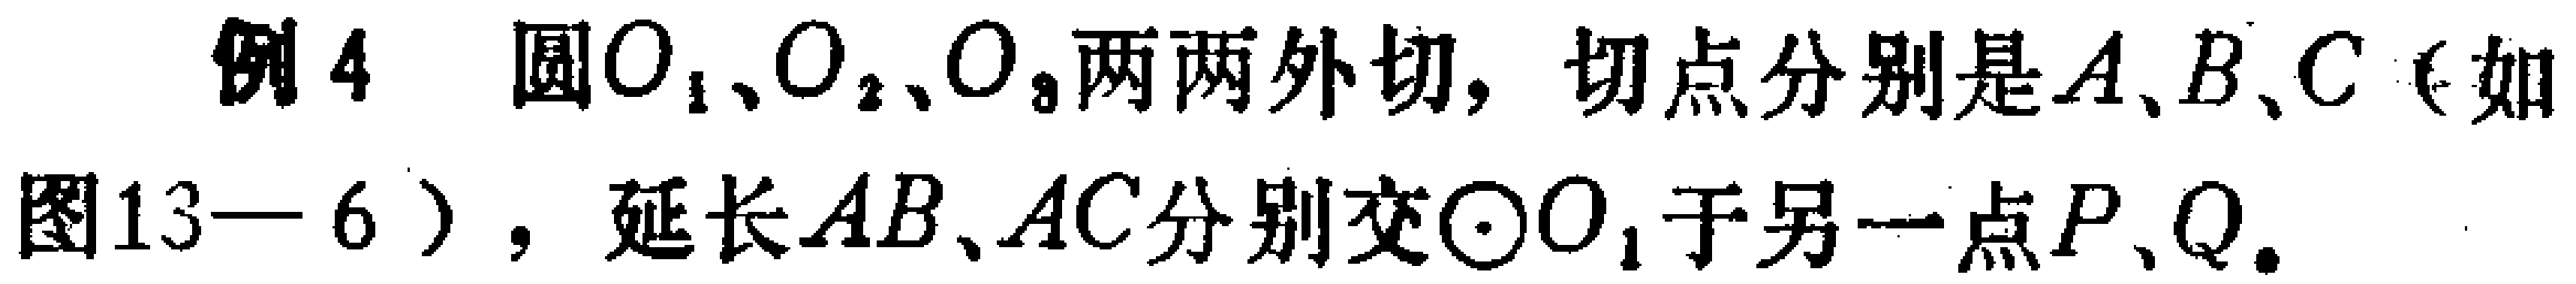
例4 圆\(O_{1}\)、\(O_{2}\)、\(O_{3}\)两两外切，切点分别是\(A\)、\(B\)、\(C\)（如图13—6），延长\(AB\)、\(AC\)分别交\(\odot O_{1}\)于另一点\(P\)、\(Q\)。